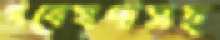
গবেষণাসহ